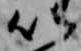
以